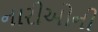
નારીઓની